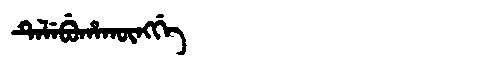
Manchu: ᡨᡝᠯᡝᠪᡠᡥᠠᡴᡡᠩᡤᡝ
Romanization: TELEBUHAKŪNGGE